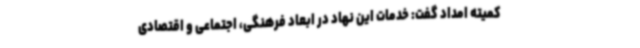
کمیته امداد گفت: خدمات این نهاد در ابعاد فرهنگی، اجتماعی و اقتصادی